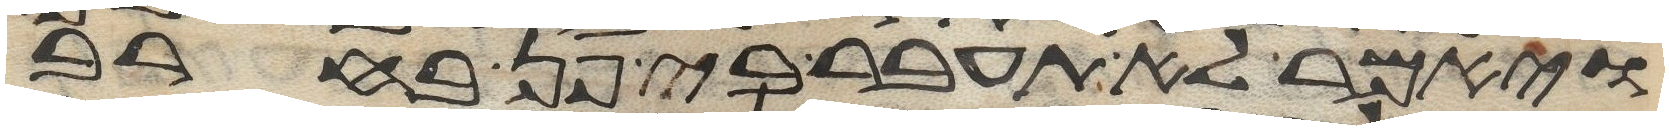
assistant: ויאמר לא תעבר בי פן בחרב